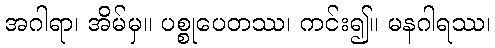
အဂါရာ၊ အိမ်မှ။ ပစ္စုပေတဿ၊ ကင်း၍။ မနဂါရဿ၊